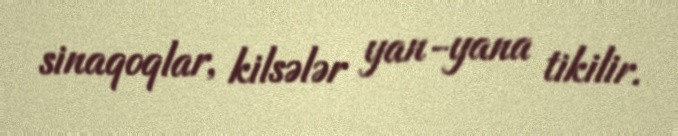
sinaqoqlar, kilsələr yan-yana tikilir.